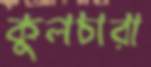
কুলচারা